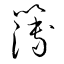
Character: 簿